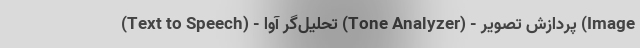
(Text to Speech) - تحلیل‌گر آوا (Tone Analyzer) - پردازش تصویر (Image